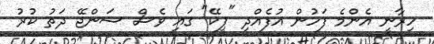
ހިރާނީ އެންމެ ފަހުން އުފެއްދި "ޕީކޭ" ގައި ވެސް ސަންޖޭ ދަތު ކުރު